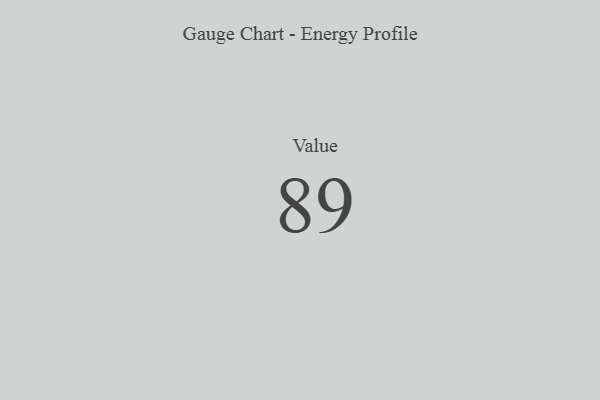
{"axis": {"x": "Metric", "y": "Value"}, "legend": [""], "data": [{"x": "Value", "y": 89, "type": ""}]}